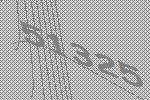
51325